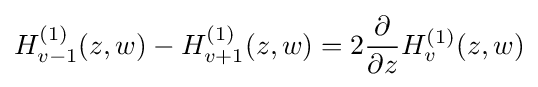
H_{v-1}^{(1)}(z,w)-H_{v+1}^{(1)}(z,w)=2{\dfrac {\partial }{\partial z}}H_{v}^{(1)}(z,w)